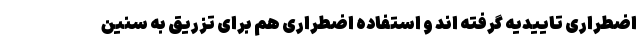
اضطراری تاییدیه گرفته اند و استفاده اضطراری هم برای تزریق به سنین